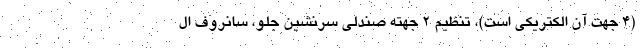
(4 جهت آن الکتریکی است)، تنظیم 2 جهته صندلی سرنشین جلو، سانروف ال